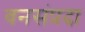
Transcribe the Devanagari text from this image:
वनसंप्रदा